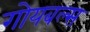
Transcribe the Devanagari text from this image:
गोयबल्स